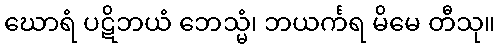
ဃောရံ ပဋိဘယံ ဘေသ္မံ၊ ဘယင်္ကရ မိမေ တီသု။